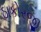
ઠાકોરજી